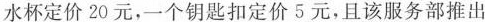
水杯定价20元，一个钥匙扣定价5元，且该服务部推出